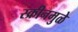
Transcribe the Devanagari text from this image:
स्क्रीनमुळे